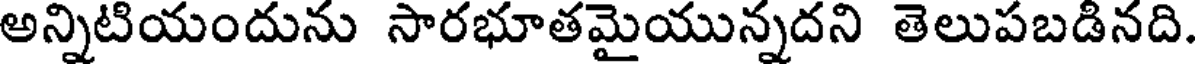
అన్నిటియందును సారభూతమైయున్నదని తెలుపబడినది.